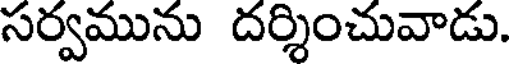
సర్వమును దర్శించువాడు.